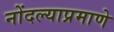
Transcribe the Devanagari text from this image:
नोंदल्याप्रमाणे